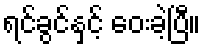
ရင်ခွင်နှင့် ဝေးခဲ့ပြီ။